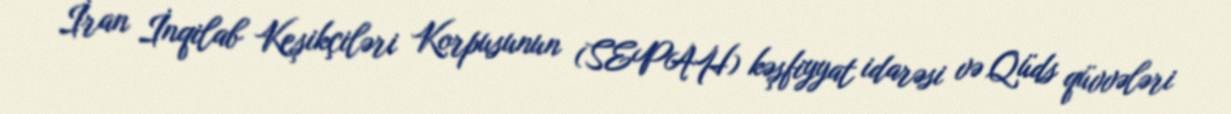
İran İnqilab Keşikçiləri Korpusunun (SEPAH) kəşfiyyat idarəsi və Qüds qüvvələri